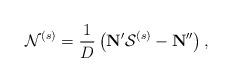
LaTeX: \begin{align*}\mathbf{\mathcal{N}}^{(s)}=\frac{1}{D}\left(\mathbf{N}'\mathcal{S}^{(s)}-\mathbf{N}''\right),\end{align*}